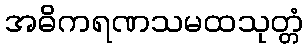
အဓိကရဏသမထသုတ္တံ